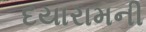
દયારામની